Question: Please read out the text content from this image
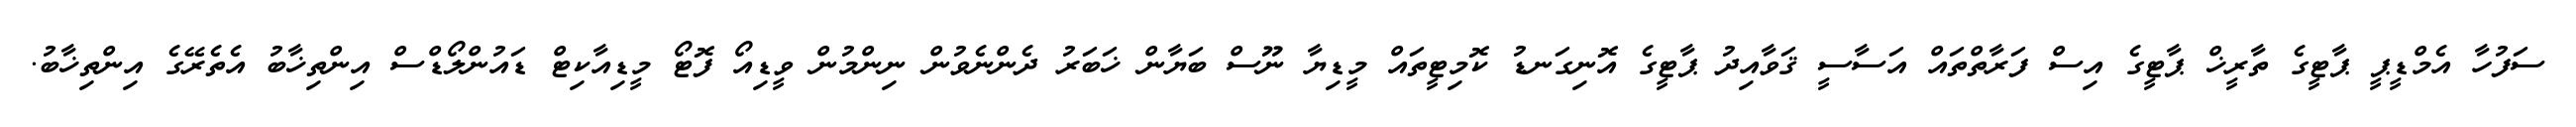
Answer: ސަފުހާ އެމްޑީޕީ ޕާޓީގެ ތާރީޚް ޕާޓީގެ އިސް ފަރާތްތައް އަސާސީ ޤަވާއިދު ޕާޓީގެ އޮނިގަނޑު ކޮމިޓީތައް މީޑިޔާ ނޫސް ބަޔާން ޚަބަރު ދެންނެވުން ނިންމުން ވީޑިއޯ ފޮޓޯ މީޑިއާކިޓް ޑައުންލޯޑްސް އިންތިޚާބު އެތެރޭގެ އިންތިޚާބު.